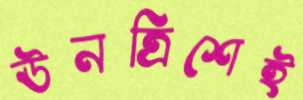
ঊনত্রিশেই